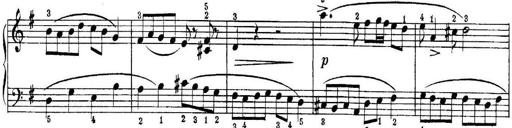
Title: Quatres sonatines
Composer: Tadeusz Joteyko